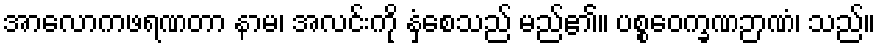
အာလောကဖရဏတာ နာမ၊ အလင်းကို နှံ့စေသည် မည်၏။ ပစ္စဝေက္ခဏဉာဏံ၊ သည်။